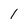
Character: 1